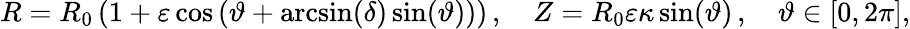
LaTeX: R=R_{0}\left(1+\varepsilon\cos\left(\vartheta+\arcsin(\delta)\sin(\vartheta)\right)\right)\, ,\quad Z=R_{0}\varepsilon\kappa\sin(\vartheta)\, ,\quad\vartheta\in[0,2\pi],